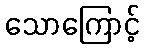
သောကြောင့်